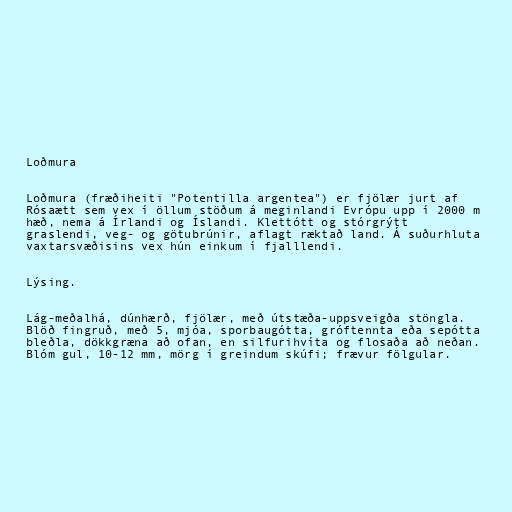
Loðmura

Loðmura (fræðiheiti "Potentilla argentea") er fjölær jurt af
Rósaætt sem vex í öllum stöðum á meginlandi Evrópu upp í 2000 m
hæð, nema á Írlandi og Íslandi. Klettótt og stórgrýtt
graslendi, veg- og götubrúnir, aflagt ræktað land. Á suðurhluta
vaxtarsvæðisins vex hún einkum í fjalllendi.

Lýsing.

Lág-meðalhá, dúnhærð, fjölær, með útstæða-uppsveigða stöngla.
Blöð fingruð, með 5, mjóa, sporbaugótta, gróftennta eða sepótta
bleðla, dökkgræna að ofan, en silfurihvíta og flosaða að neðan.
Blóm gul, 10-12 mm, mörg í greindum skúfi; frævur fölgular.